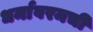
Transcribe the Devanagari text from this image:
धर्मावरमची